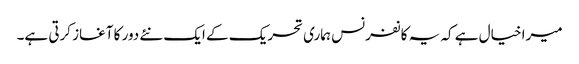
میرا خیال ہے کہ یہ کانفرنس ہماری تحریک کے ایک نئے دور کا آغاز کرتی ہے۔